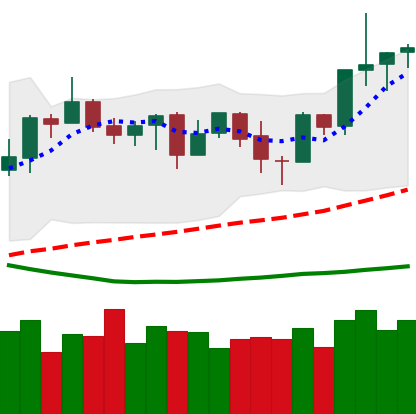
Ticker: NEO-USD
Chart end date: 2019-04-01
Forward return: 30.789%
Label: up_7plus